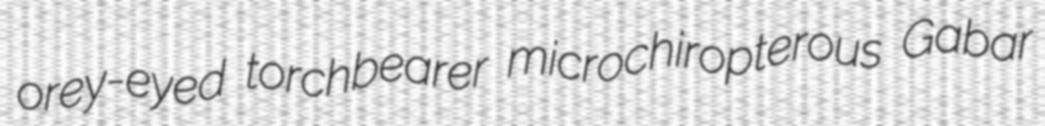
orey-eyed torchbearer microchiropterous Gabar